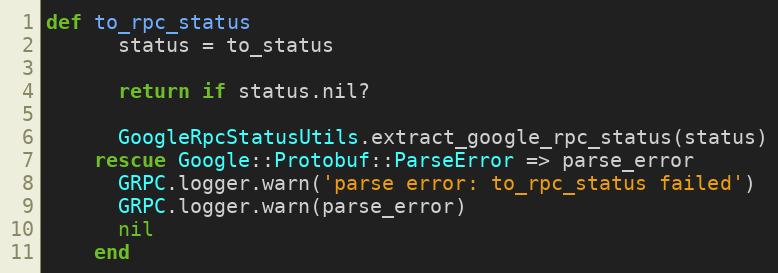
Language: Ruby
def to_rpc_status
      status = to_status

      return if status.nil?

      GoogleRpcStatusUtils.extract_google_rpc_status(status)
    rescue Google::Protobuf::ParseError => parse_error
      GRPC.logger.warn('parse error: to_rpc_status failed')
      GRPC.logger.warn(parse_error)
      nil
    end